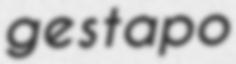
gestapo